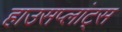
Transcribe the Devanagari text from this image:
हाउसप्लांट्स